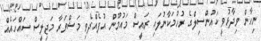
ނިހާން ވިދާޅުވީ ކައުންސިލްގެ ރުހުމަކާނުލައި ރައީސް މައުމޫން އުފެއްދެވި މަޝްވަރާ މަޖިލީސް ސައްހައެއް